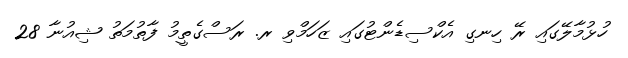
ހުޅުމާލޭގައި ރޭ ހިނގި އެކްސިޑެންޓުގައި ޒަހަމްވި ރ. ރަސްގެތީމު ފާތުމަތު ޝިއުނާ 28